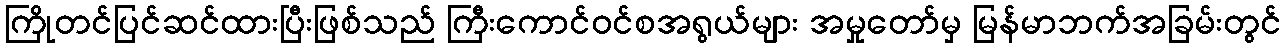
ကြိုတင်ပြင်ဆင်ထားပြီးဖြစ်သည် ကြီးကောင်ဝင်စအရွယ်များ အမှုတော်မှ မြန်မာဘက်အခြမ်းတွင်